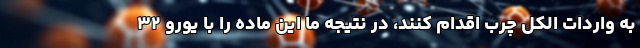
به واردات الکل چرب اقدام کنند، در نتیجه ما این ماده را با یورو ۳۲